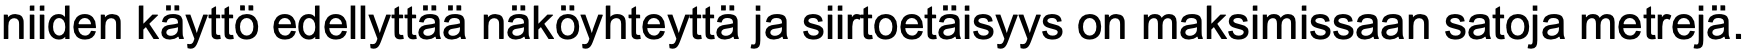
niiden käyttö edellyttää näköyhteyttä ja siirtoetäisyys on maksimissaan satoja metrejä.